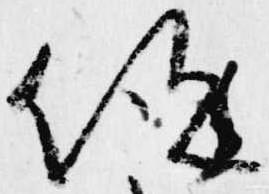
但